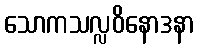
သောကသလ္လဝိနောဒနာ